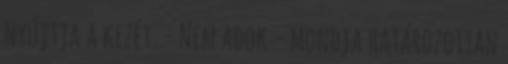
nyújtja a kezét. - Nem adok - mondja határozottan